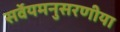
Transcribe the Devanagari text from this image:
सर्वेयमनुसरणीया